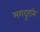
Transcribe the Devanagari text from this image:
मगदुराने